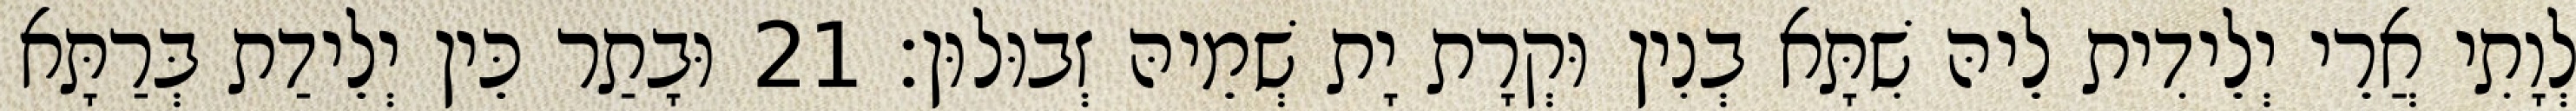
לְוָתִי אֲרֵי יְלֵידִית לֵיהּ שִׁתָּא בְנִין וּקְרָת יָת שְׁמֵיהּ זְבוּלוּן׃ 21 וּבָתַר כֵּין יְלֵידַת בְּרַתָּא